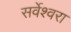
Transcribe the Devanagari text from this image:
सर्वेश्वरा